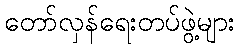
တော်လှန်ရေးတပ်ဖွဲ့များ